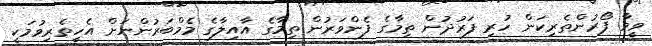
ވީމާ ފޯރުންތެރިކަން ހުރި ފަރުދުން ތިމާގެ ފެންވަރުން ތިމާގެ އާއިލާގެ މެމްބަރުންނަށް އެހީތެރިވުމަކީ